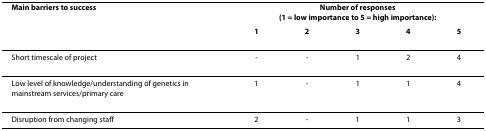
<table><thead><tr><td><b>Main barriers to success</b></td><td colspan="5"><b>Number of responses(1 = low importance to 5 = high importance):</b></td></tr><tr><td></td><td><b>1</b></td><td><b>2</b></td><td><b>3</b></td><td><b>4</b></td><td><b>5</b></td></tr></thead><tbody><tr><td>Short timescale of project</td><td>-</td><td>-</td><td>1</td><td>2</td><td>4</td></tr><tr><td>Low level of knowledge/understanding of genetics in mainstream services/primary care</td><td>1</td><td>-</td><td>1</td><td>1</td><td>4</td></tr><tr><td>Disruption from changing staff</td><td>2</td><td>-</td><td>1</td><td>1</td><td>3</td></tr></tbody></table>